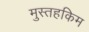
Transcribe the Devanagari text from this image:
मुस्तहकिम